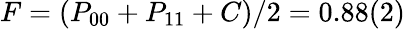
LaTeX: F=(P_{00}+P_{11}+C)/2=0.88(2)